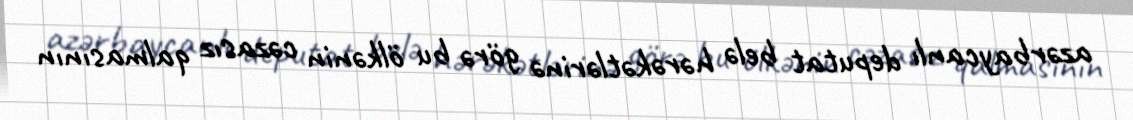
azərbaycanlı deputat belə hərəkətlərinə görə bu ölkənin cəzasız qalmasının